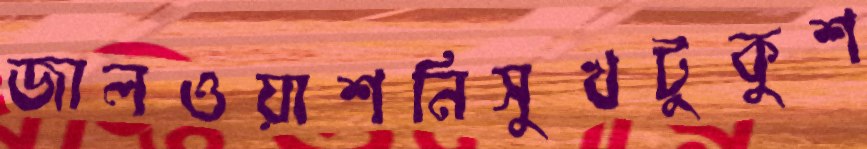
জালওয়াশনিসুখটুকুশ